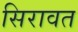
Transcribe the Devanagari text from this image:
सिरावत